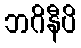
ဘဂိနီပိ